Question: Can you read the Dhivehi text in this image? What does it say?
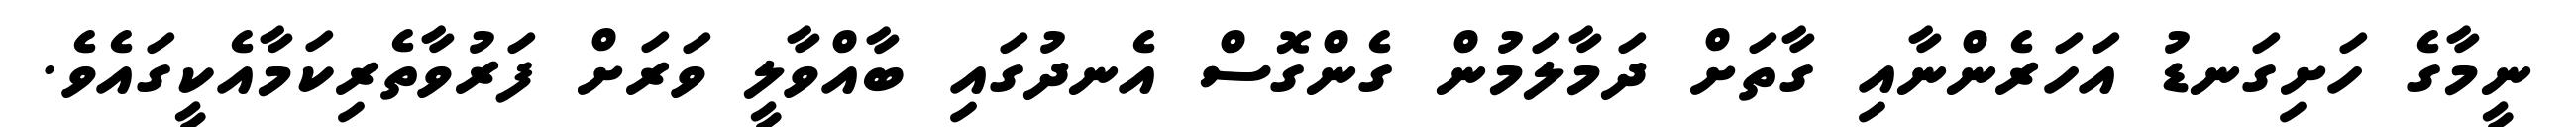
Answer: ނީމާގެ ހަށިގަނޑު އަހަރެންނާއި ގާތަށް ދަމާލަމުން ގެންގޮސް އެނދުގައި ބާއްވާލީ ވަރަށް ފަރުވާތެރިކަމާއެކީގައެވެ.